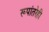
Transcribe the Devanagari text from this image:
रूपांतरेही